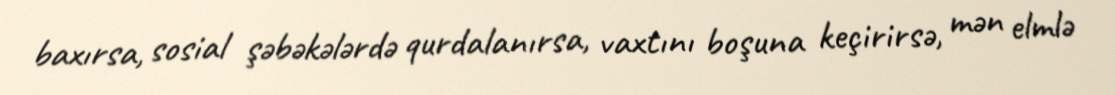
baxırsa, sosial şəbəkələrdə qurdalanırsa, vaxtını boşuna keçirirsə, mən elmlə